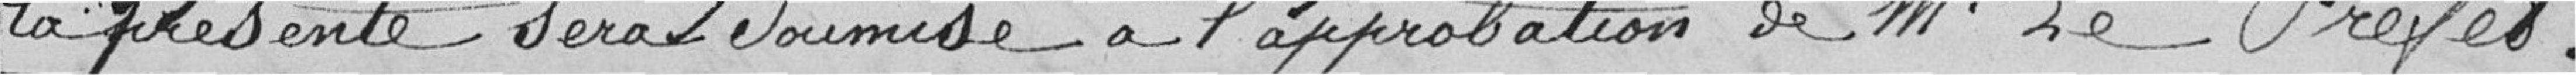
La présente sera soumise à l'approbation de M. le Préfet.